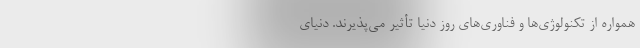
همواره از تکنولوژی‌ها و فناوری‌های روز دنیا تأثیر می‌پذیرند. دنیای